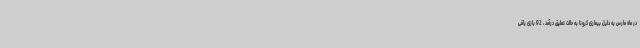
در ماه مارس به دلیل بیماری کرونا به حالت تعلیق درآمد ، 92 بازی باقی